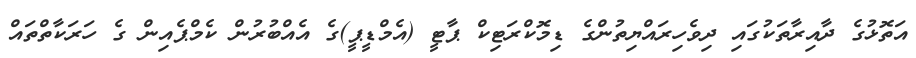
އަތޮޅުގެ ދާއިރާތަކުގައި ދިވެހިރައްޔިތުންގެ ޑިމޮކްރަޓިކް ޕާޓީ (އެމްޑީޕީ)ގެ އެއްބުރުން ކެމްޕެއިން ގެ ހަރަކާތްތައް